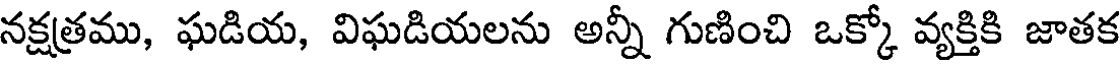
నక్షత్రము, ఘడియ, విఘడియలను అన్నీ గుణించి ఒక్కో వ్యక్తికి జాతక